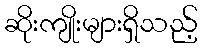
ဆိုးကျိုးများရှိသည့်